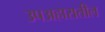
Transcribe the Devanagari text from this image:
उपअहारातील